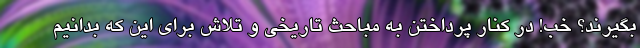
بگیرند؟ خب! در کنار پرداختن به مباحث تاریخی و تلاش برای این که بدانیم